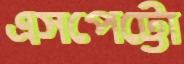
এসপেট্টো